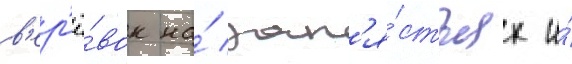
в'ер'ё́вок на́ зап'я́стьях и́